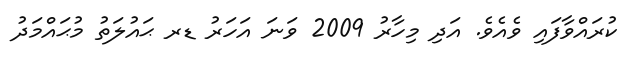
ކުރައްވާފައި ވެއެވެ. އަދި މިހާރު 2009 ވަނަ އަހަރު ޑރ ޙައުލަތު މުޙައްމަދު